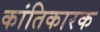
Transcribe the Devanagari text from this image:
कांतिकारक